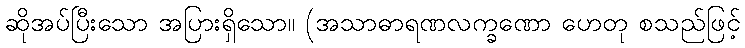
ဆိုအပ်ပြီးသော အပြားရှိသော။ (အသာဓာရဏလက္ခဏော ဟေတု စသည်ဖြင့်